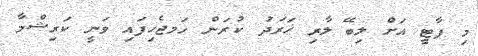
މި ޕާޓީ އަށް ލިބޭ ލާރި ޚަރަދު ކުރަން ހަމޖެހިފައި ވަނީ ކަރިޝްމާ